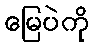
မြေပဲကို